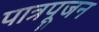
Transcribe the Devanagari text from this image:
पात्रपूजन